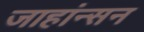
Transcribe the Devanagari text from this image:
जाहांन्सन